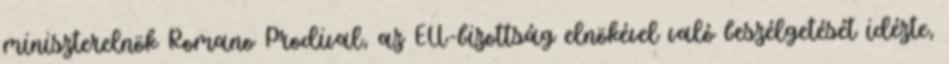
miniszterelnök Romano Prodival, az EU-bizottság elnökével való beszélgetését idézte,